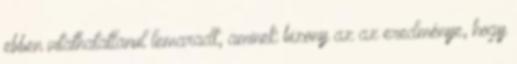
ebben vitathatatlanul lemaradt, aminek bizony az az eredménye, hogy